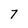
Character: 7